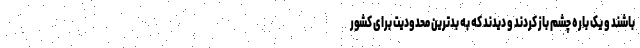
باشند و یک باره چشم باز کردند و دیدند که به بدترین محدودیت برای کشور